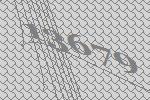
13679